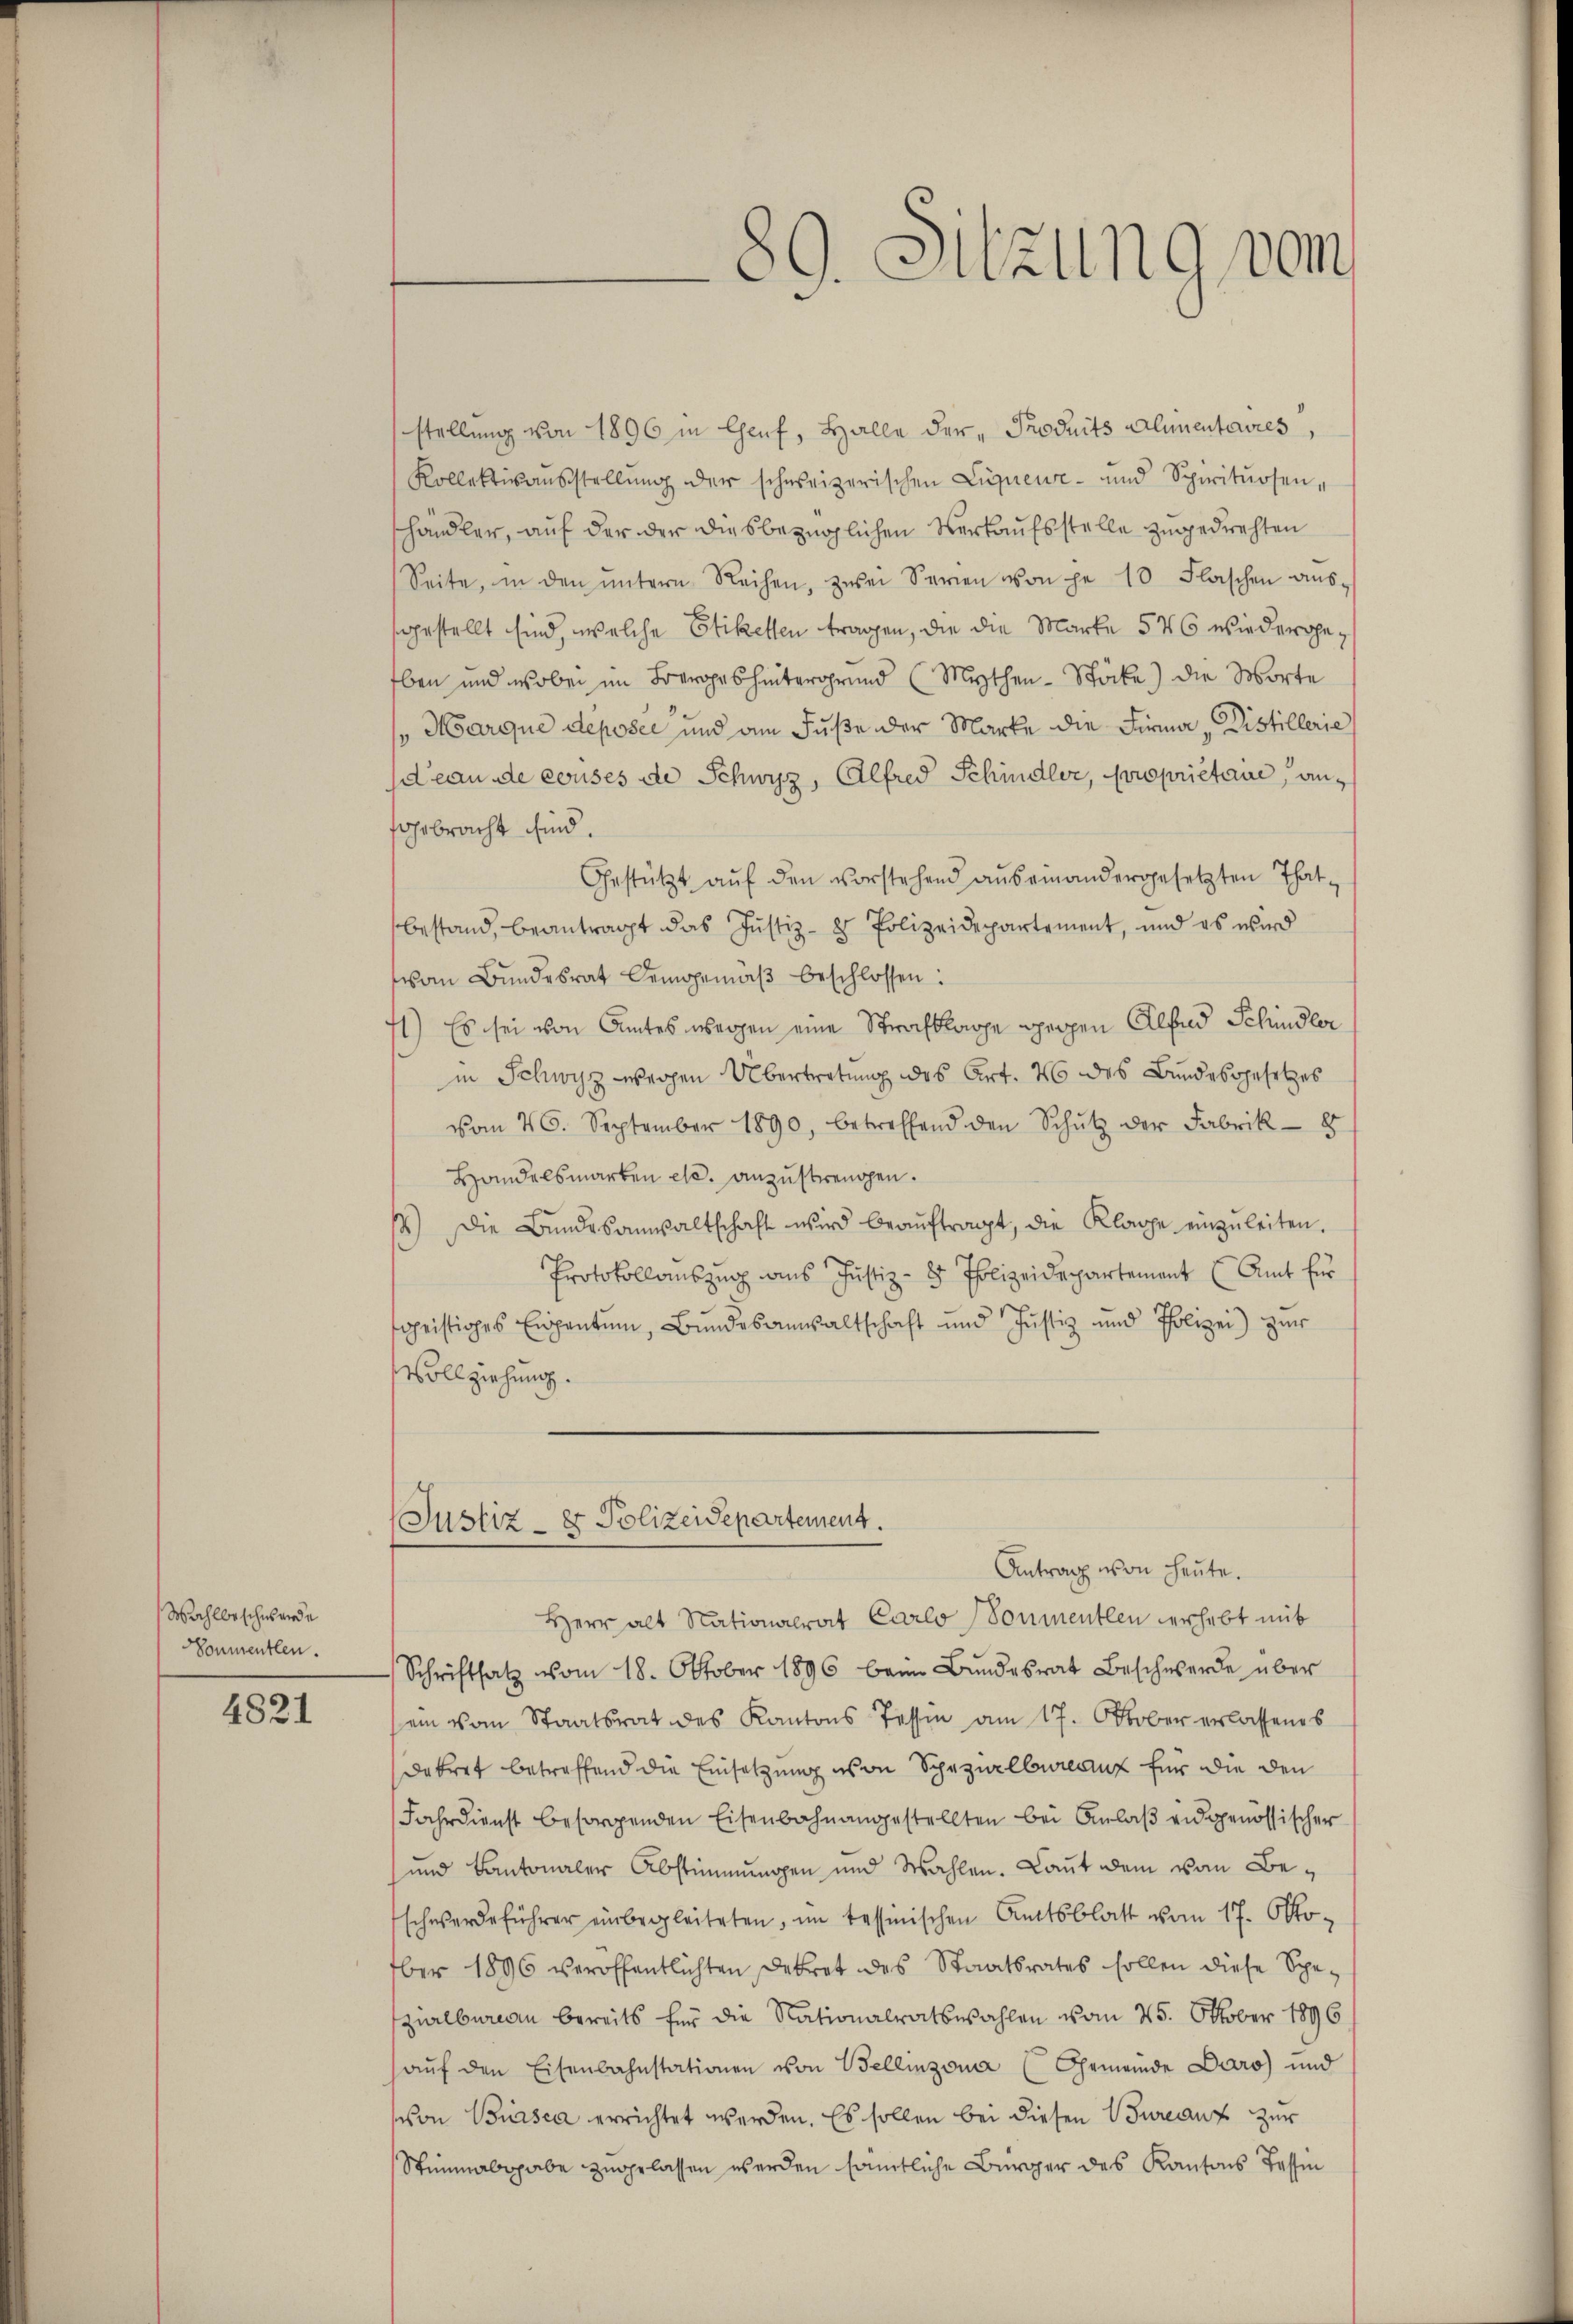
Wahlbeschwerde
Sonmentlen.

4821

stellung von 1896 in Chef, Halle der Produits Alimentaires,
Kollektivsaŭsstellŭng der schweizerischen Liquieur- und Spirituosen-
shändler, auf der der diesbezüglichen Verkaufsstelle zugedrehten
Seite, in den ŭntern Reihen, zwei Serien von je 10 Flaschen aŭs-
sgestellt sind, welche Etiketten tragen, die die Marke 546 wiederge¬
Eben und wobei im Boeroes hintergrund (Mythen - Stöcke) die Worte
s Marque deposer und am Fuße der Marke die Firma „Distillerie
deau de conses de Schwyz, Alfred Schindler, propriétaire, anfgebracht sind.
Gestützt aŭf den vorstehend aŭs einandergesetzten Thatbestand, beantragt das Justiz- & Polizeidepartement, und es wird
von Bundesrat Demgemäβ beschlossen:
71) Es sei von Amtes weggen eine Strafklage gegen Albad Schindler
in Schwyz weggen Übertretung des Art. 46 des Bundesgesetzes
vom 26. September 1890, betreffend den Schŭtz der Fabrik- 8
Handelsmarken etc. anzustrengen.
s) Die Bŭndesanwaltschaft wird beaŭftragt, die Klage einzŭleiten.
Protokollauszug aus Justiz- & Polizeidepartement (Amt für
e
sgeistiges Eispentum, Bundesanwaltschaft und Justiz und Polizei zur
Vollziehung.

Justiz- & Polizeidepartement.

89. Sitzung vom

Antrag von heute.
Herr alt Nationalrat Carlo (Sonmentlen verhebt mit
 Schriftsatz vom 18. Oktober 1896 beim Bŭndesrat Beschwerde über
sein vom Staatsrat des Kantons Tessin am 17. Oktober erlassenes
Dekret betreffend die Einsetzung von Schazuelbureau für die den
Jahrdienst besorgenden Eisenbahnangestellten bei Anlaβ eidgenössischer
und Kantonaler Abstimmungen und Wahlen. Laut dem von Beschwerdeführer einbegleiteten, im tessinischen Amtsblatt vom 17. Oktober 1896 veröffentlichten Dekret des Staatsrates sollen diese Spezirlbureau bereits für die Nationalratswahlen vom 25. Oktober 1896
aŭf den Eisenbahnstationen von Bellinzona (Gemeinde Daro) und
on Bürsca errichtet werden. Es sollen bei diesen Bureauf zur
Stinabshabe zugelassen werden sämtliche Bürger des Kantons Tessin